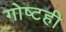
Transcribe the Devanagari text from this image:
गोष्टही